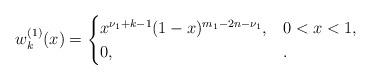
LaTeX: \begin{align*} w_k^{(1)}(x) = \begin{cases} x^{\nu_1+k-1} (1-x)^{m_1-2n-\nu_1}, & 0 < x < 1, \\0, & . \end{cases} \end{align*}